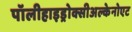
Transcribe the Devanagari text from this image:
पॉलीहाइड्रोक्सीअल्केनोएट